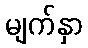
မျက်နှာ